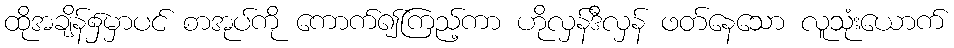
ထိုအချိန်၌မှာပင် စာအုပ်ကို ကောက်၍ကြည့်ကာ ဟိုလှန်ဒီလှန် ဖတ်နေသော လူသုံးယောက်